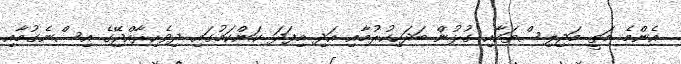
އެންމެ މަތީ މަޖިލިސްތަކާއި ގުޅުން ބަދަހިކުރުމާއި އަދި މިފަދަ ކަންކަމުގައި ދިވެހިރާއްޖޭގެ އިސްނެގުމާއި